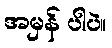
အမှန် ပါပဲ။